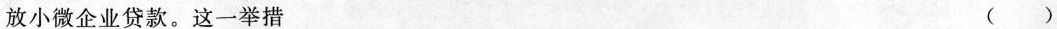
放小微企业贷款。这一举措 ( )